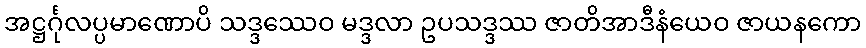
အဋ္ဌင်္ဂုလပ္ပမာဏောပိ သဒ္ဒဿေဝ မဒ္ဒလာ ဥပသဒ္ဒဿ ဇာတိအာဒီနံယေဝ ဇာယနကော